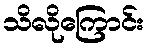
သိလိုကြောင်း